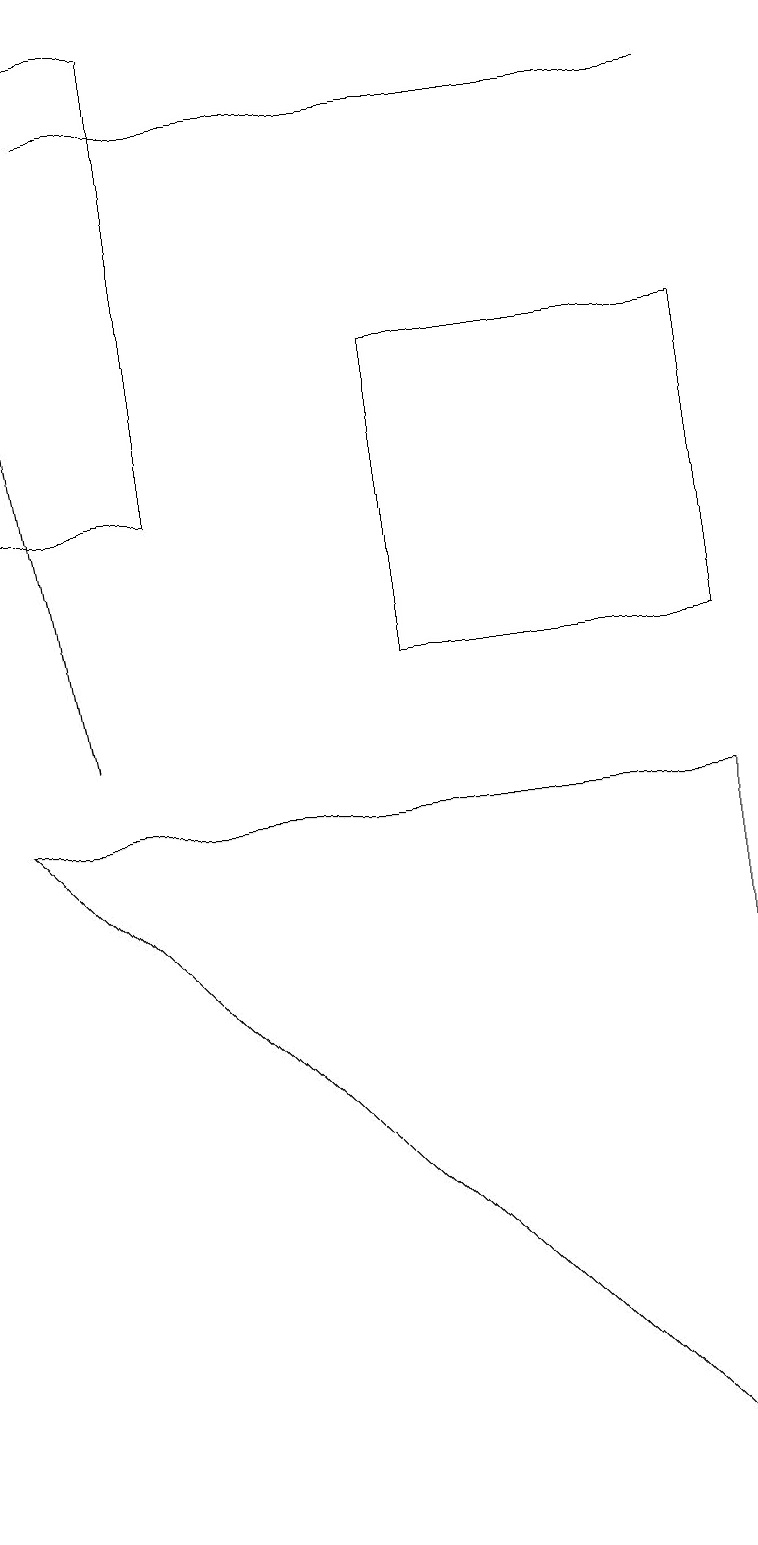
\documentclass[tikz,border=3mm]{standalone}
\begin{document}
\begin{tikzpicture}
\draw (9,0) -- (0,9) -- (9,9) -- cycle;
\draw (5,11) rectangle (9,15);
\draw[->] (1,10) -- (0,16);
\draw (1,18) rectangle (9,18);
\draw (0,19) rectangle (2,13);
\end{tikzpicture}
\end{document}